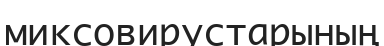
миксовирустарының